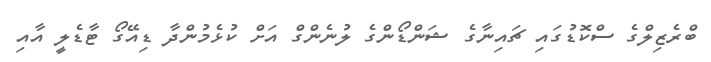
ބްރެޒިލްގެ ސްކޮޑުގައި ޗައިނާގެ ޝަންޑޯންގެ ލުނެންގް އަށް ކުޅެމުންދާ ޑިއޭގޯ ޓާޑެލީ އާއި